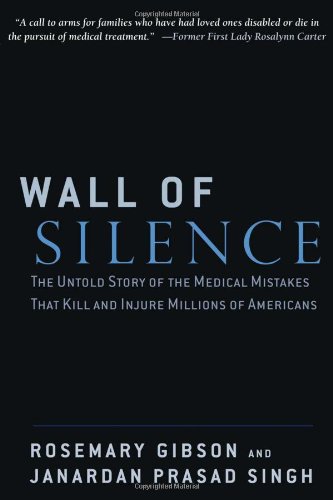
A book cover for Wall of Silence: The Untold Story of the Medical Mistakes That Kill and Injure Millions of Americans; Rosemary Gibson; Law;